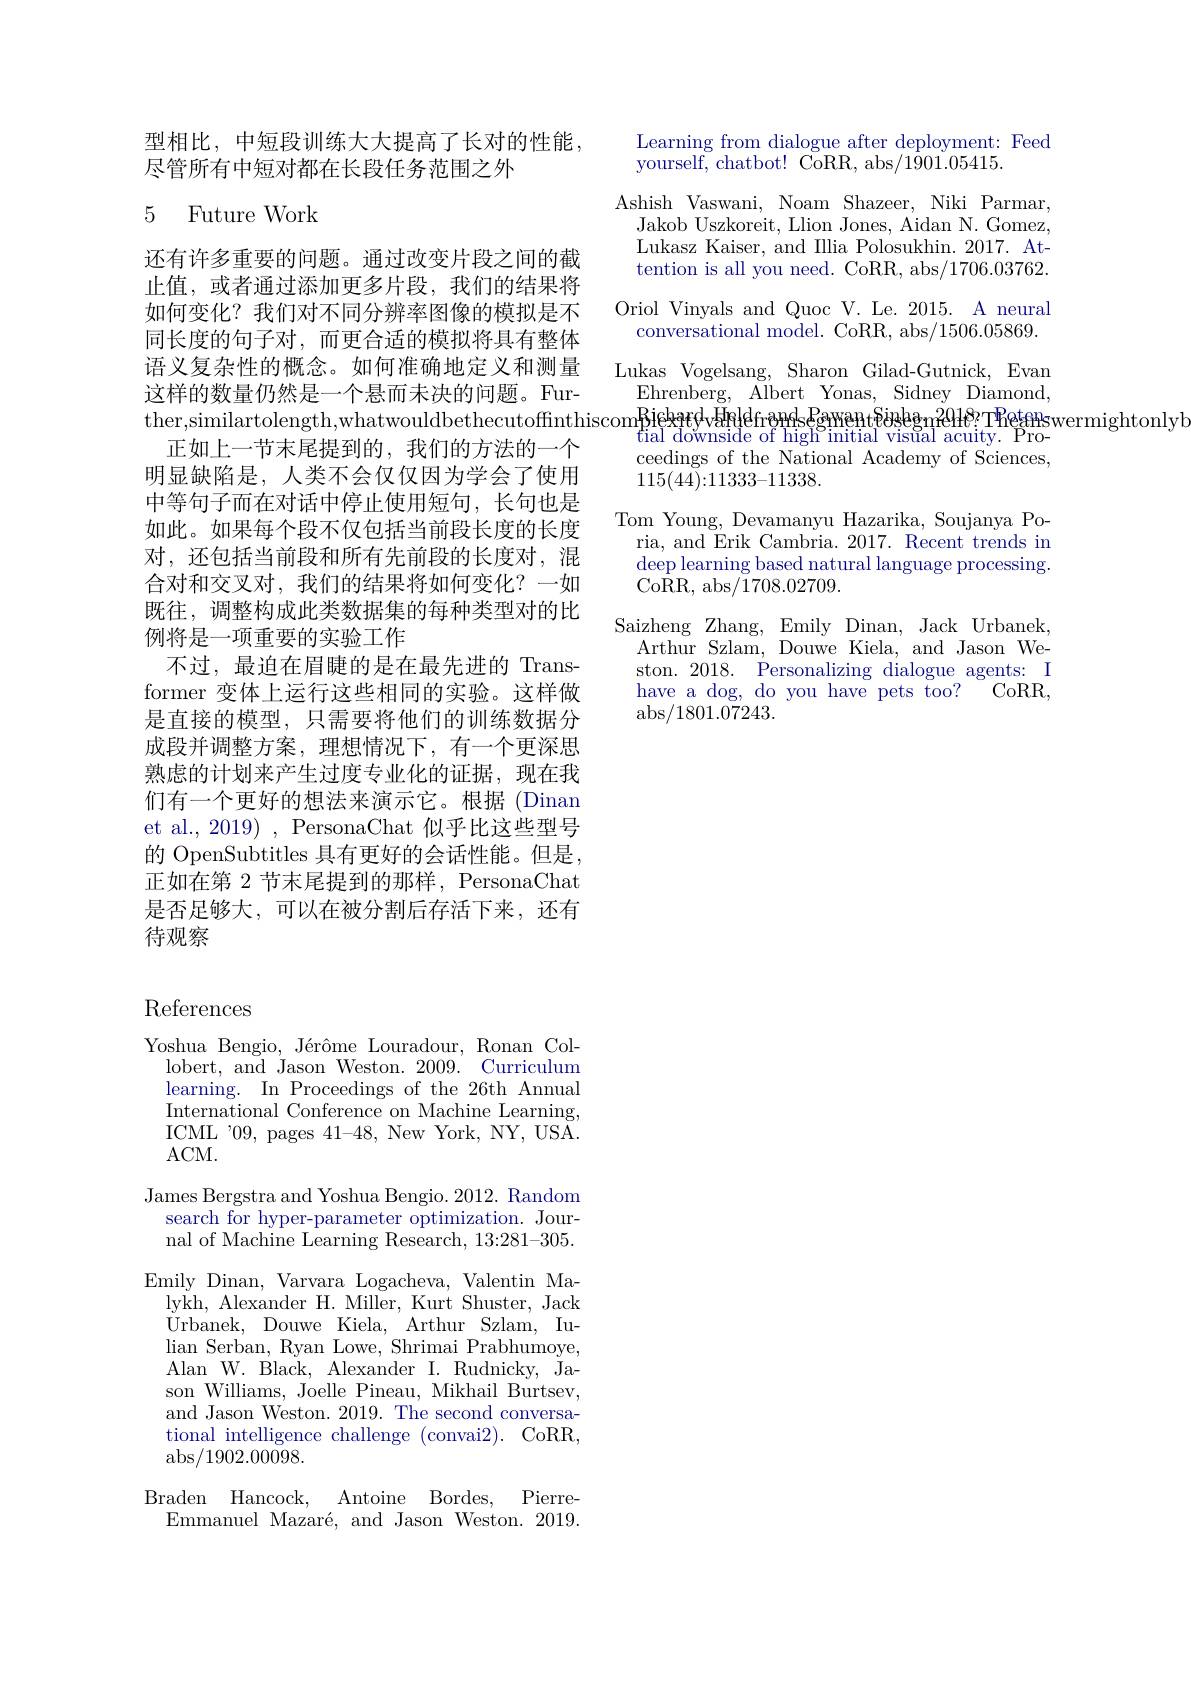
型相比，中短段训练大大提高了长对的性能，
尽管所有中短对都在长段任务范围之外

### 5 Future Work

还有许多重要的问题。通过改变片段之间的截止值，或者通过添加更多片段，我们的结果将如何变化？我们对不同分辨率图像的模拟是不同长度的句子对，而更合适的模拟将具有整体语义复杂性的概念。如何准确地定义和测量这样的数量仍然是一个悬而未决的问题。Fur-
正如上一节末尾提到的，我们的方法的一个明显缺陷是，人类不会仅仅因为学会了使用中等句子而在对话中停止使用短句，长句也是如此。如果每个段不仅包括当前段长度的长度对，还包括当前段和所有先前段的长度对，混合对和交叉对，我们的结果将如何变化？一如既往，调整构成此类数据集的每种类型对的比例将是一项重要的实验工作
不过，最迫在眉睫的是在最先进的 Transformer 变体上运行这些相同的实验。这样做是直接的模型，只需要将他们的训练数据分成段并调整方案，理想情况下，有一个更深思熟虑的计划来产生过度专业化的证据，现在我们有一个更好的想法来演示它。根据 (Dinan et al., 2019) , PersonaChat 似乎比这些型号的 OpenSubtitles 具有更好的会话性能。但是， 正如在第 2 节末尾提到的那样，PersonaChat 是否足够大，可以在被分割后存活下来，还有待观察

# References

Yoshua Bengio, Jérôme Louradour, Ronan Col-
lobert, and Jason Weston. 2009. Curriculum learning. In Proceedings of the 26th Annual International Conference on Machine Learning, ICML'09, pages 41-48, New York, NY, USA. ACM.
James Bergstra and Yoshua Bengio. 2012. Random
search for hyper-parameter optimization. Journal of Machine Learning Research, 13:281-305.
Emily Dinan, Varvara Logacheva, Valentin Ma-
lykh, Alexander H. Miller, Kurt Shuster, Jack Urbanek, Douwe Kiela, Arthur Szlam, Iulian Serban, Ryan Lowe, Shrimai Prabhumoye, Alan W. Black, Alexander I. Rudnicky, Jason Williams, Joelle Pineau, Mikhail Burtsev, and Jason Weston. 2019. The second conversational intelligence challenge (convai2). CoRR, $\operatorname{abs}/1902.00098.$
Braden Hancock, Antoine Bordes, Pierre-
Emmanuel Mazaré, and Jason Weston. 2019.

Learning from dialogue after deployment: Feed
yourself, chatbot! CoRR, abs/1901.05415.

Ashish Vaswani, Noam Shazeer, Niki Parmar,
Jakob Uszkoreit, Llion Jones, Aidan N. Gomez, Lukasz Kaiser, and Illia Polosukhin. 2017. Attention is all you need. CoRR, abs/1706.03762.
Oriol Vinyals and Quoc V. Le. 2015. A neural
conversational model. CoRR, abs/1506.05869. Lukas Vogelsang, Sharon Gilad-Gutnick, Evan
Ehrenberg, Albert Yonas, Sidney Diamond,
ther,similartolength,whatwouldbethecutoffinthiscom$\underset\text{fial downside of high intial visual acuity. Pro-}$
ceedings of the National Academy of Sciences,
115(44){:}11333{-}11338.
Tom Young, Devamanyu Hazarika, Soujanya Po-
ria, and Erik Cambria. 2017. Recent trends in $\operatorname{deep}$learning based natural language processing. Co${\dot{R} }$R, abs/ 1708. 02709.
Saizheng Zhang, Emily Dinan, Jack Urbanek,
Arthur Szlam, Douwe Kiela, and Jason Weston. 2018. Personalizing dialogue agents: I
CoRR,
have a dog, do you have pets too?
$\operatorname{abs}/1801.07243.$